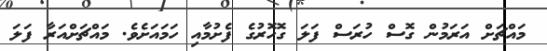
މައްޗަށް އަރަމުން ގޮސް ހުރަސް ފަލަ ގޮހޮރުގެ ފެށުމާއި ހަމައަށެވެ. މައްޗަށްއަރާ ފަލަ